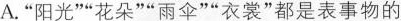
A.“阳光”“花朵”“雨伞”“衣裳”都是表事物的